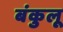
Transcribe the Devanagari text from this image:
बंकुलू